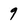
Character: 9